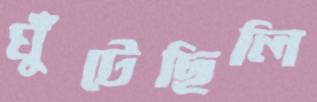
ঘুঁটেছিলি